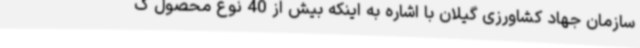
سازمان جهاد کشاورزی گیلان با اشاره به اینکه بیش از 40 نوع محصول ک